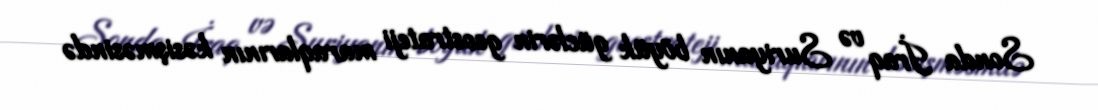
Sonda İraq və Suriyanın böyük güclərin geostrateji maraqlarının kəsişməsində